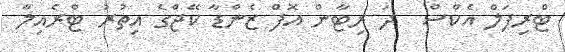
ޓްރިޕަލް އެކްސް  ދަ ރިޓާން އޮފް ޒެންޑާ ކޭޖްގެ އިތުރު ޓްރެއިލާ